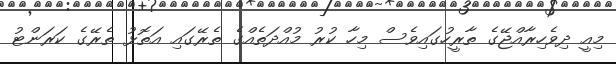
މިއީ ދިވެހިރާއްޖޭގެ ތާރީހުގައިވެސް މިހާ ކުރު މުއްދަތެއްގެ ތެރޭގައި އަތޮޅު ތެރޭގެ ކަރަންޓު